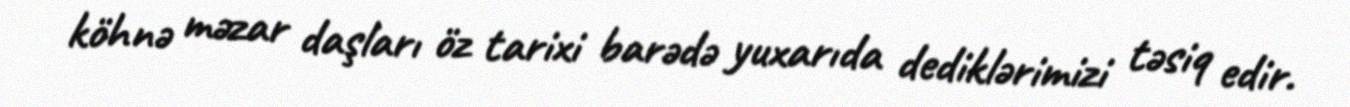
köhnə məzar daşları öz tarixi barədə yuxarıda dediklərimizi təsiq edir.